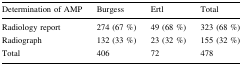
<table><thead><tr><td><b>Determination of AMP</b></td><td><b>Burgess</b></td><td><b>Ertl</b></td><td><b>Total</b></td></tr></thead><tbody><tr><td>Radiology report</td><td>274 (67 %)</td><td>49 (68 %)</td><td>323 (68 %)</td></tr><tr><td>Radiograph</td><td>132 (33 %)</td><td>23 (32 %)</td><td>155 (32 %)</td></tr><tr><td>Total</td><td>406</td><td>72</td><td>478</td></tr></tbody></table>